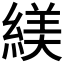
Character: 𬗮